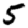
Digit: 5